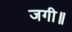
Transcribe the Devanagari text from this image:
जगी॥